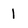
Character: 1